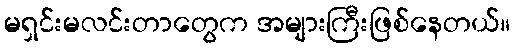
မရှင်းမလင်းတာတွေက အများကြီးဖြစ်နေတယ်။